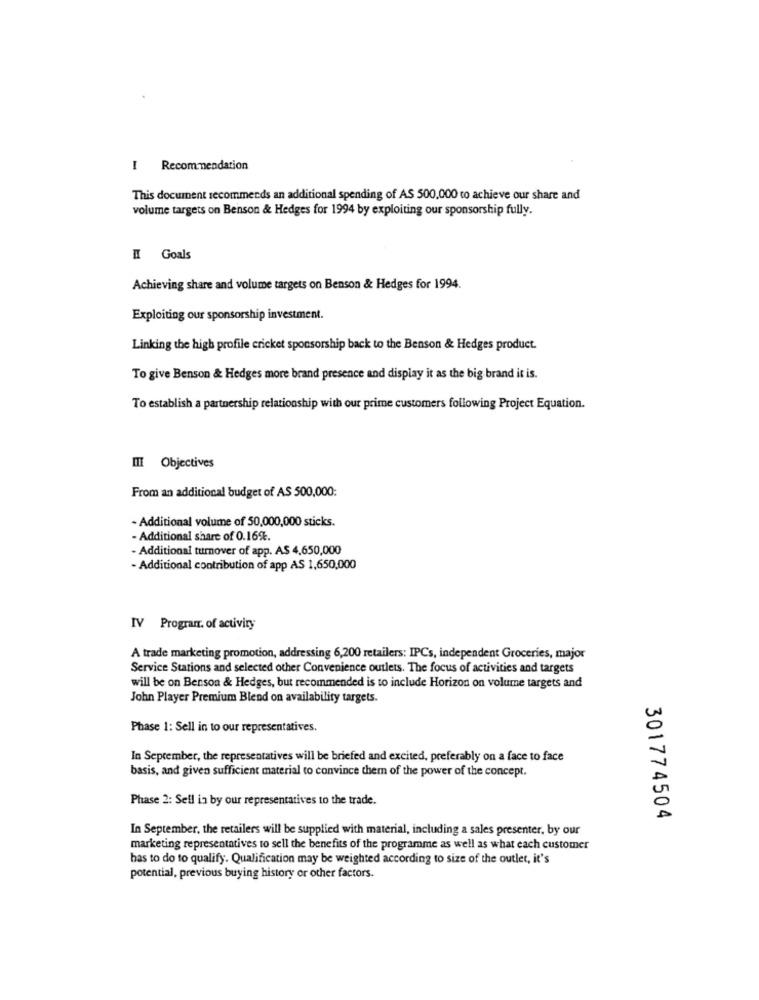
Recommendation
This document recommends an additional spending of AS 500,000 to achieve our share and
volume targets on Benson & Hedges for 1994 by exploiting our sponsorship fully.
I Goals
Achieving share and volume targets on Benson & Hedges for 1994.
Exploiting our sponsorship investment.
Linking the high profile cricket sponsorship back to the Benson & Hedges product.
To give Benson & Hedges more brand presence and display it as the big brand it is.
To establish a partnership relationship with our prime customers following Project Equation.
III Objectives
From an additional budget of AS 500,000:
- Additional volume of 50,000,000 sticks.
- Additional share of 0.16%.
- Additional turnover of app. A$ 4,650,000
- Additional contribution of app AS 1,650,000
IV Program. of activity
A trade marketing promotion, addressing 6,200 retailers: IPCs, independent Groceries, major
Service Stations and selected other Convenience outlets. The focus of activities and targets
will be on Benson & Hedges, but recommended is to include Horizon on volume targets and
John Player Premium Blend on availability targets.
Phase 1: Sell in to our representatives.
In September, the representatives will be briefed and excited, preferably on a face to face
basis, and given sufficient material to convince them of the power of the concept.
Phase 2: Sell in by our representatives to the trade.
301774504
In September, the retailers will be supplied with material, including a sales presenter, by our
marketing representatives to sell the benefits of the programme as well as what each customer
has to do to qualify. Qualification may be weighted according to size of the outlet, it's
potential, previous buying history or other factors.